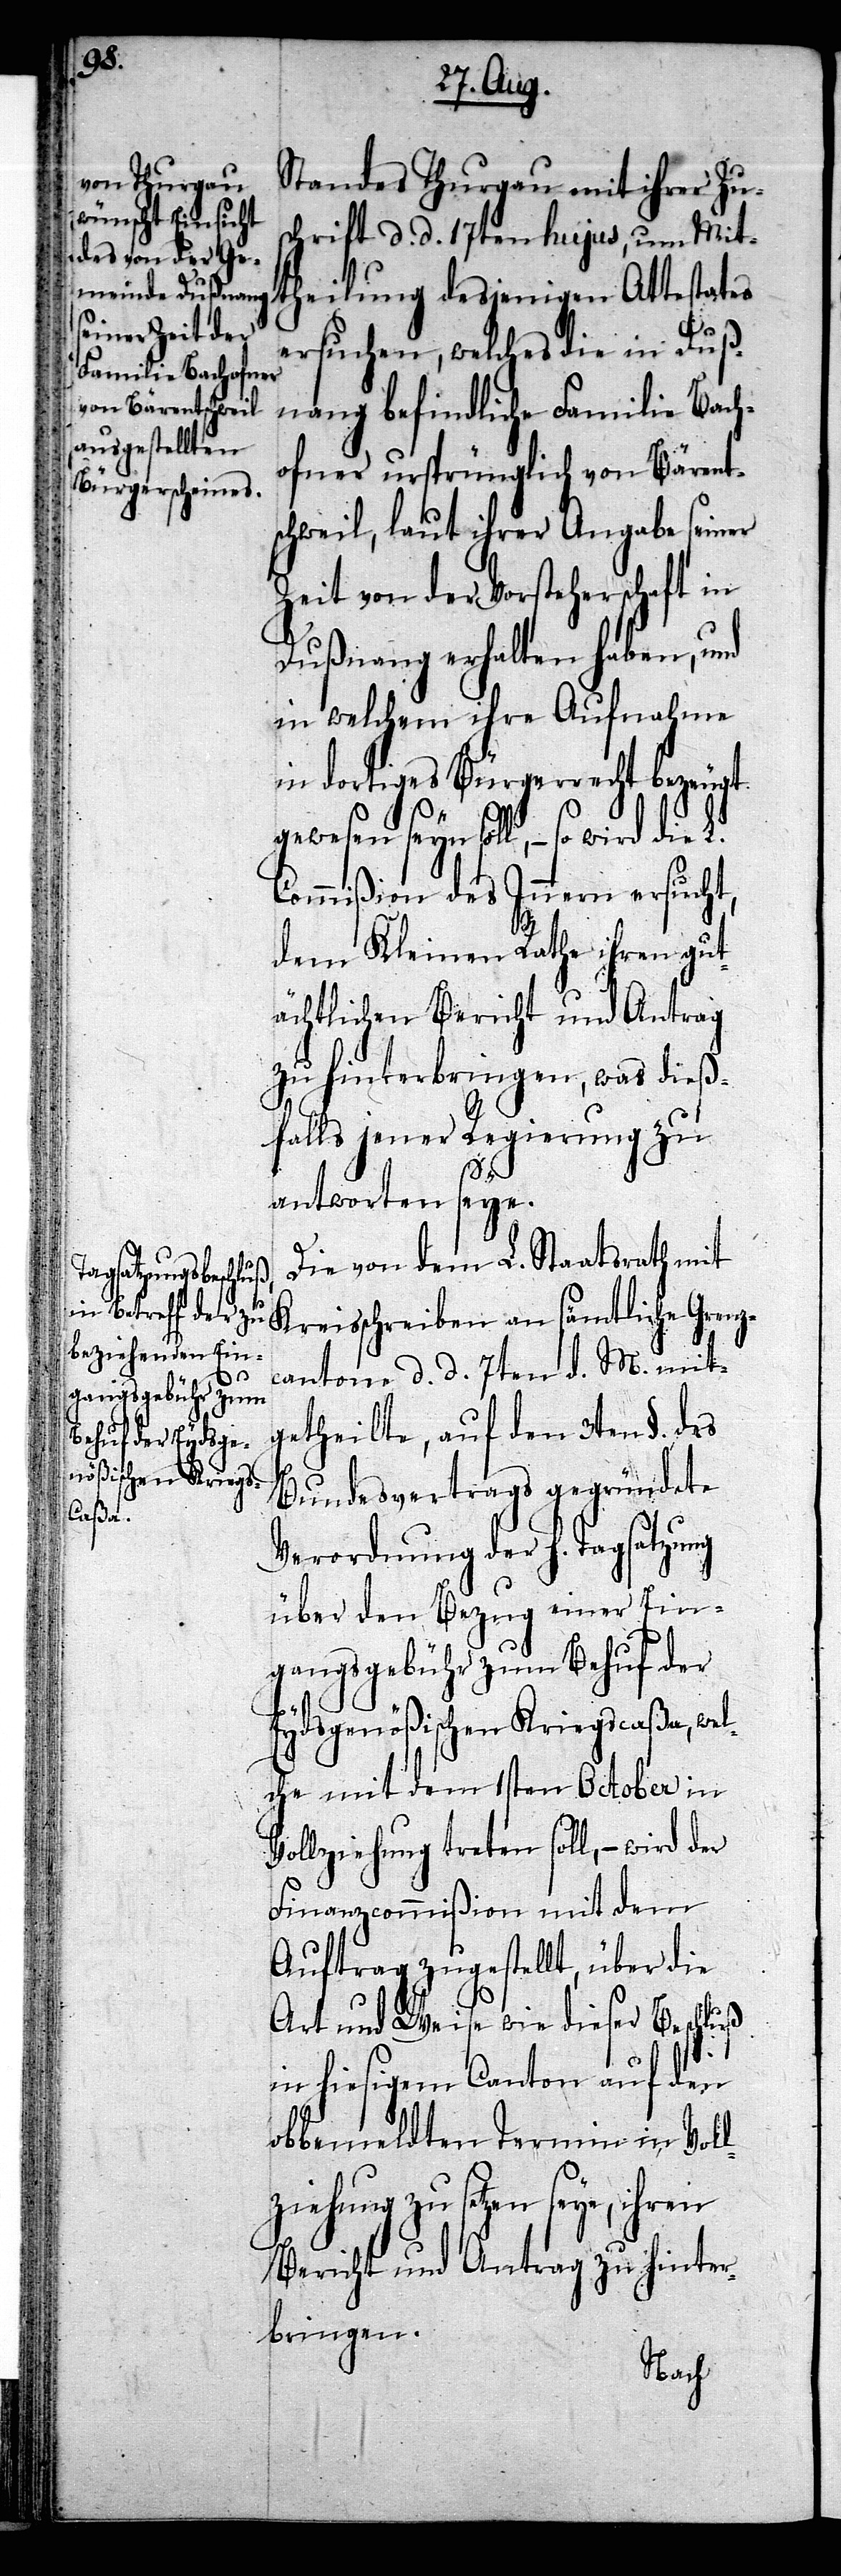
Standes Thurgau mit ihrer Zu¬
schrift d. d. 17ten hujus, um Mit¬
theilung desjenigen Attestates
ersuchen, welches die in Duß¬
nang befindliche Familie Bach¬
ofner ursprünglich von Bärents¬
chweil, laut ihrer Angabe seiner
Zeit von der Vorsteherschaft in
Dußnang erhalten haben, und
in welchem ihre Aufnahme
in dortiges Bürgerrecht bezeugt
gewesen seyn soll, – so wird die
Commißion des Innern ersucht,
dem Kleinen Rathe ihren gut¬
ächtlichen Bericht und Antrag
zu hinterbringen, was dieß¬
falls jener Regierung zu
antworten seye.
Die von dem L. Staatsrath mit
Kreisschreiben an sämtliche Grenz¬
cantone d. d. 7ten d. M. mit¬
getheilte, auf den 3ten §. des
Bundesvertrags gegründete
Verordnung der h. Tagsatzung
über den Bezug einer Ein¬
gangsgebühr zum Behuf der
Eydsgenößischen Kriegscaßa, wel¬
che mit dem 1sten October in
Vollziehung treten soll, – wird der
Finanzcommißion mit dem
Auftrag zugestellt, über die
Art und Weise wie dieser Beschluß
in hiesigem Canton auf den
obbemeldten Termin in Voll¬
ziehung zu setzen seye, ihren
Bericht und Antrag zu hinter¬
bringen.